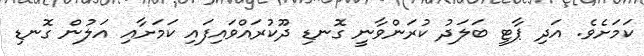
ކަމަށެވެ. އަދި ޕާޓީ ބަލަދު ކުރަންވާނީ ގޮނޑި ދޫކުރައްވައިފައި ކަމަށާއި އަލުން ގޮނޑި